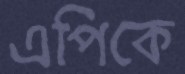
এপিকে